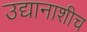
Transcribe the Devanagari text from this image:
उद्यानाशीच